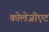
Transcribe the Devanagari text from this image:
कोलेजीएट